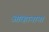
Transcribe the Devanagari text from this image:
आव्हानाना